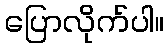
ပြောလိုက်ပါ။